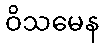
ဝိသမေန